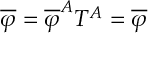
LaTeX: \overline { { { \varphi } } } = \overline { { { \varphi } } } ^ { A } T ^ { A } = \overline { { { \varphi } } }